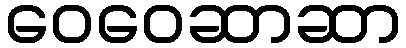
ဝေဝေဆာဆာ